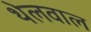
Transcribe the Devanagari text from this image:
थेलवाल